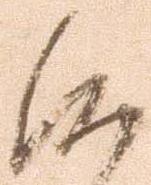
候